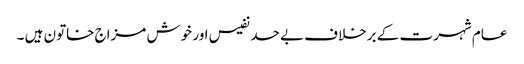
عام شہرت کے برخلاف بے حد نفیس اور خوش مزاج خاتون ہیں ۔